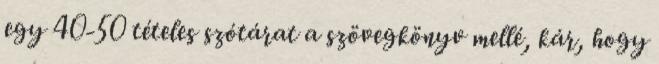
egy 40-50 tételes szótárat a szövegkönyv mellé, kár, hogy